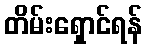
တိမ်းရှောင်ရန်